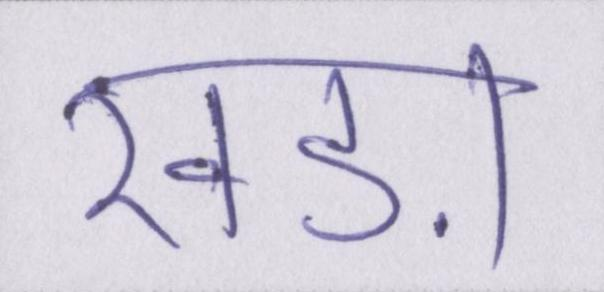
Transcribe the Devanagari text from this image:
खड़ा